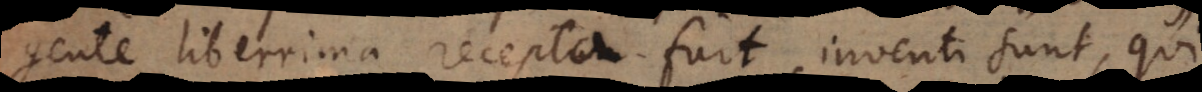
gente liberrima recepta fuit, inventi sunt, qui